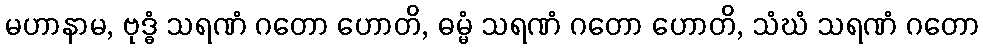
မဟာနာမ, ဗုဒ္ဓံ သရဏံ ဂတော ဟောတိ, ဓမ္မံ သရဏံ ဂတော ဟောတိ, သံဃံ သရဏံ ဂတော